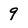
Character: 9